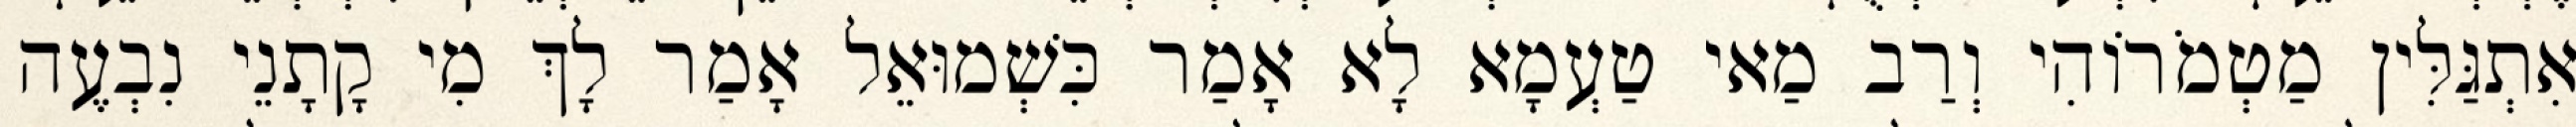
אִתְגַּלִּין מַטְמֹרוֹהִי וְרַב מַאי טַעְמָא לָא אָמַר כִּשְׁמוּאֵל אָמַר לָךְ מִי קָתָנֵי נִבְעֶה